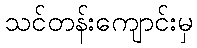
သင်တန်းကျောင်းမှ